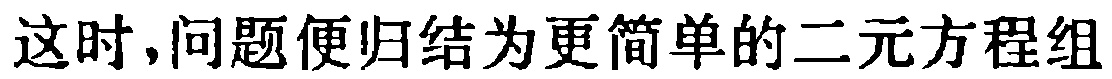
这时,问题便归结为更简单的二元方程组